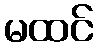
မထင်